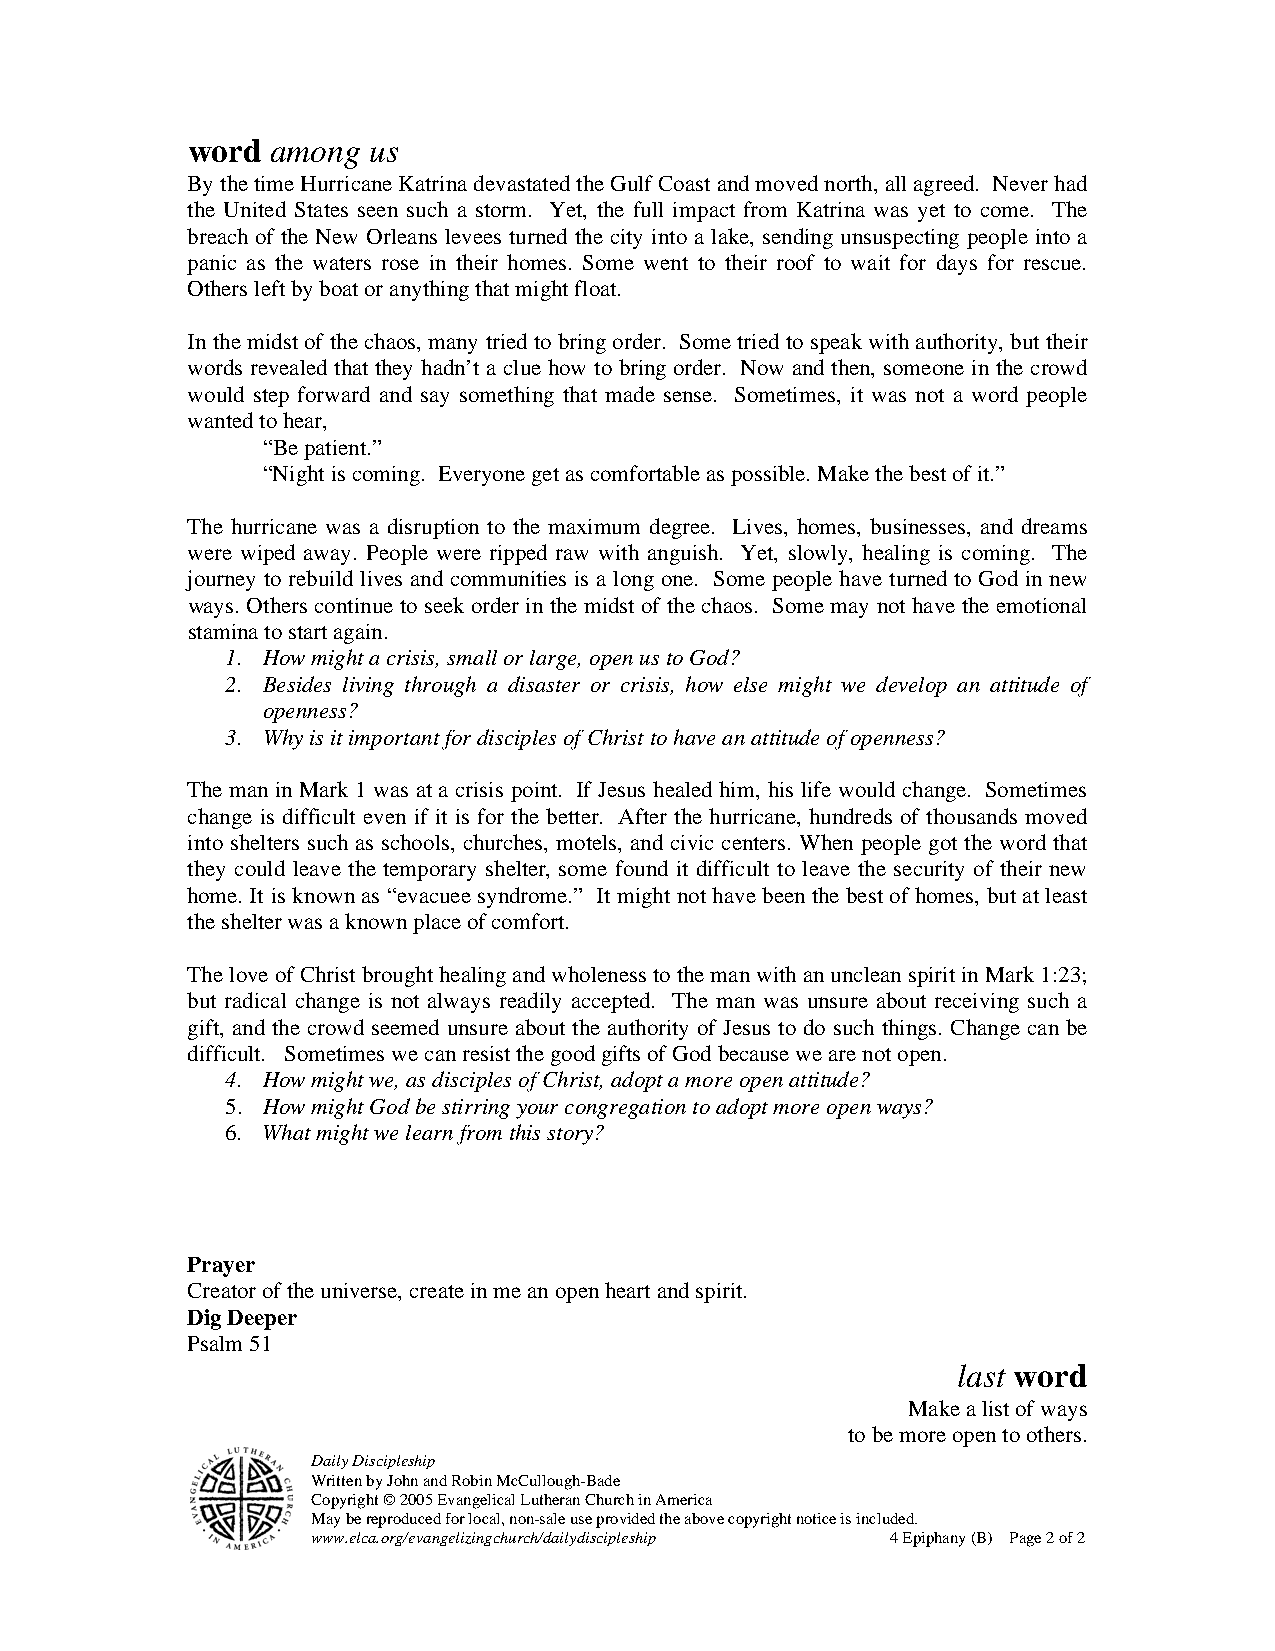
word  among us
 By the time Hurricane Katrina devastated the Gulf Coast and moved north, all agreed. Never had
 the United States seen such a storm. Yet, the full impact from Katrina was yet to come. The
 breach of the New Orleans levees turned the city into a lake, sending unsuspecting people into a
 panic as the waters rose in their homes. Some went to their roof to wait for days for rescue.
 Others left by boat or anything that might float.
 In the midst of the chaos, many tried to bring order. Some tried to speak with authority, but their
 words revealed that they hadn’t a clue how to bring order. Now and then, someone in the crowd
 would step forward and say something that made sense. Sometimes, it was not a word people
 wanted to hear,
 “Be patient.”
 “Night is coming. Everyone get as comfortable as possible. Make the best of it.”
 The hurricane was a disruption to the maximum degree. Lives, homes, businesses, and dreams
 were wiped away. People were ripped raw with anguish. Yet, slowly, healing is coming. The
 journey to rebuild lives and communities is a long one. Some people have turned to God in new
 ways. Others continue to seek order in the midst of the chaos. Some may not have the emotional
 stamina to start again.
 1. How might a crisis, small or large, open us to God?
 2. Besides living through a disaster or crisis, how else might we develop an attitude of
 openness?
 3. Why is it important for disciples of Christ to have an attitude of openness?
 The man in Mark 1 was at a crisis point. If Jesus healed him, his life would change. Sometimes
 change is difficult even if it is for the better. After the hurricane, hundreds of thousands moved
 into shelters such as schools, churches, motels, and civic centers. When people got the word that
 they could leave the temporary shelter, some found it difficult to leave the security of their new
 home. It is known as “evacuee syndrome.” It might not have been the best of homes, but at least
 the shelter was a known place of comfort.
 The love of Christ brought healing and wholeness to the man with an unclean spirit in Mark 1:23;
 but radical change is not always readily accepted. The man was unsure about receiving such a
 gift, and the crowd seemed unsure about the authority of Jesus to do such things. Change can be
 difficult. Sometimes we can resist the good gifts of God because we are not open.
 4. How might we, as disciples of Christ, adopt a more open attitude?
 5. How might God be stirring your congregation to adopt more open ways?
 6. What might we learn from this story?
 Prayer
 Creator of the universe, create in me an open heart and spirit.
 Dig Deeper
 Psalm 51
 last word
 Make a list of ways
 to be more open to others.
 Daily Discipleship
 Written by John and Robin McCullough-Bade
 Copyright © 2005 Evangelical Lutheran Church in America
 May be reproduced for local, non-sale use provided the above copyright notice is included.
 www.elca.org/evangelizingchurch/dailydiscipleship 4 Epiphany (B) Page 2 of 2